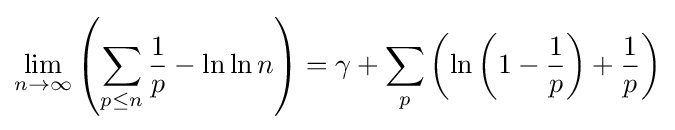
\lim _{n\to \infty }\left(\sum _{p\leq n}{\frac {1}{p}}-\ln \ln n\right)=\gamma +\sum _{p}\left(\ln \left(1-{\frac {1}{p}}\right)+{\frac {1}{p}}\right)